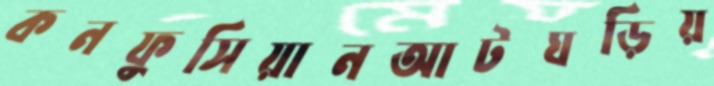
কনফুসিয়ানআটঘড়িয়